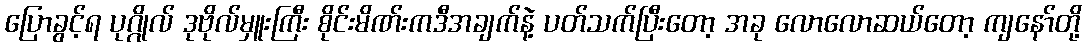
ပြောခွင့်ရ ပုဂ္ဂိုလ် ဒုဗိုလ်မှူးကြီး စိုင်းမိဏ်းကဒီအချက်နဲ့ ပတ်သက်ပြီးတော့ အခု လောလောဆယ်တော့ ကျနော်တို့